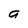
Character: a